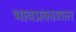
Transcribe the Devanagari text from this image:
भावप्रकाशात